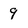
Character: 9